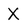
Character: X